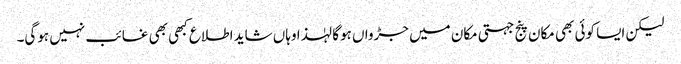
لیکن ایسا کوئی بھی مکان پنج جہتی مکان میں جڑواں ہوگا لہٰذا وہاں شاید اطلاع کبھی بھی غائب نہیں ہوگی۔